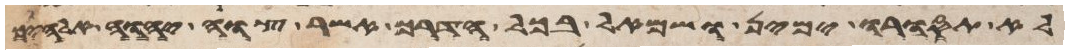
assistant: לא תסורו ימין ושמאל בכל הדרך אשר צוה יהוה אלהיכם